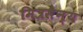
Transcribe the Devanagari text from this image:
मित्रसैन्य